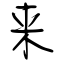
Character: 来